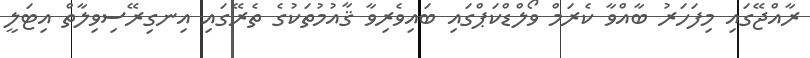
ރާއްޖޭގައި މިފަހަރު ބާއްވާ ކެރަމް ވޯލްޑްކަޕްގައި ބައިވެރިވާ ޤާއުމުތަކުގެ ތެރޭގައި އިނގިރޭސިވިލާތް އިޓަލީ